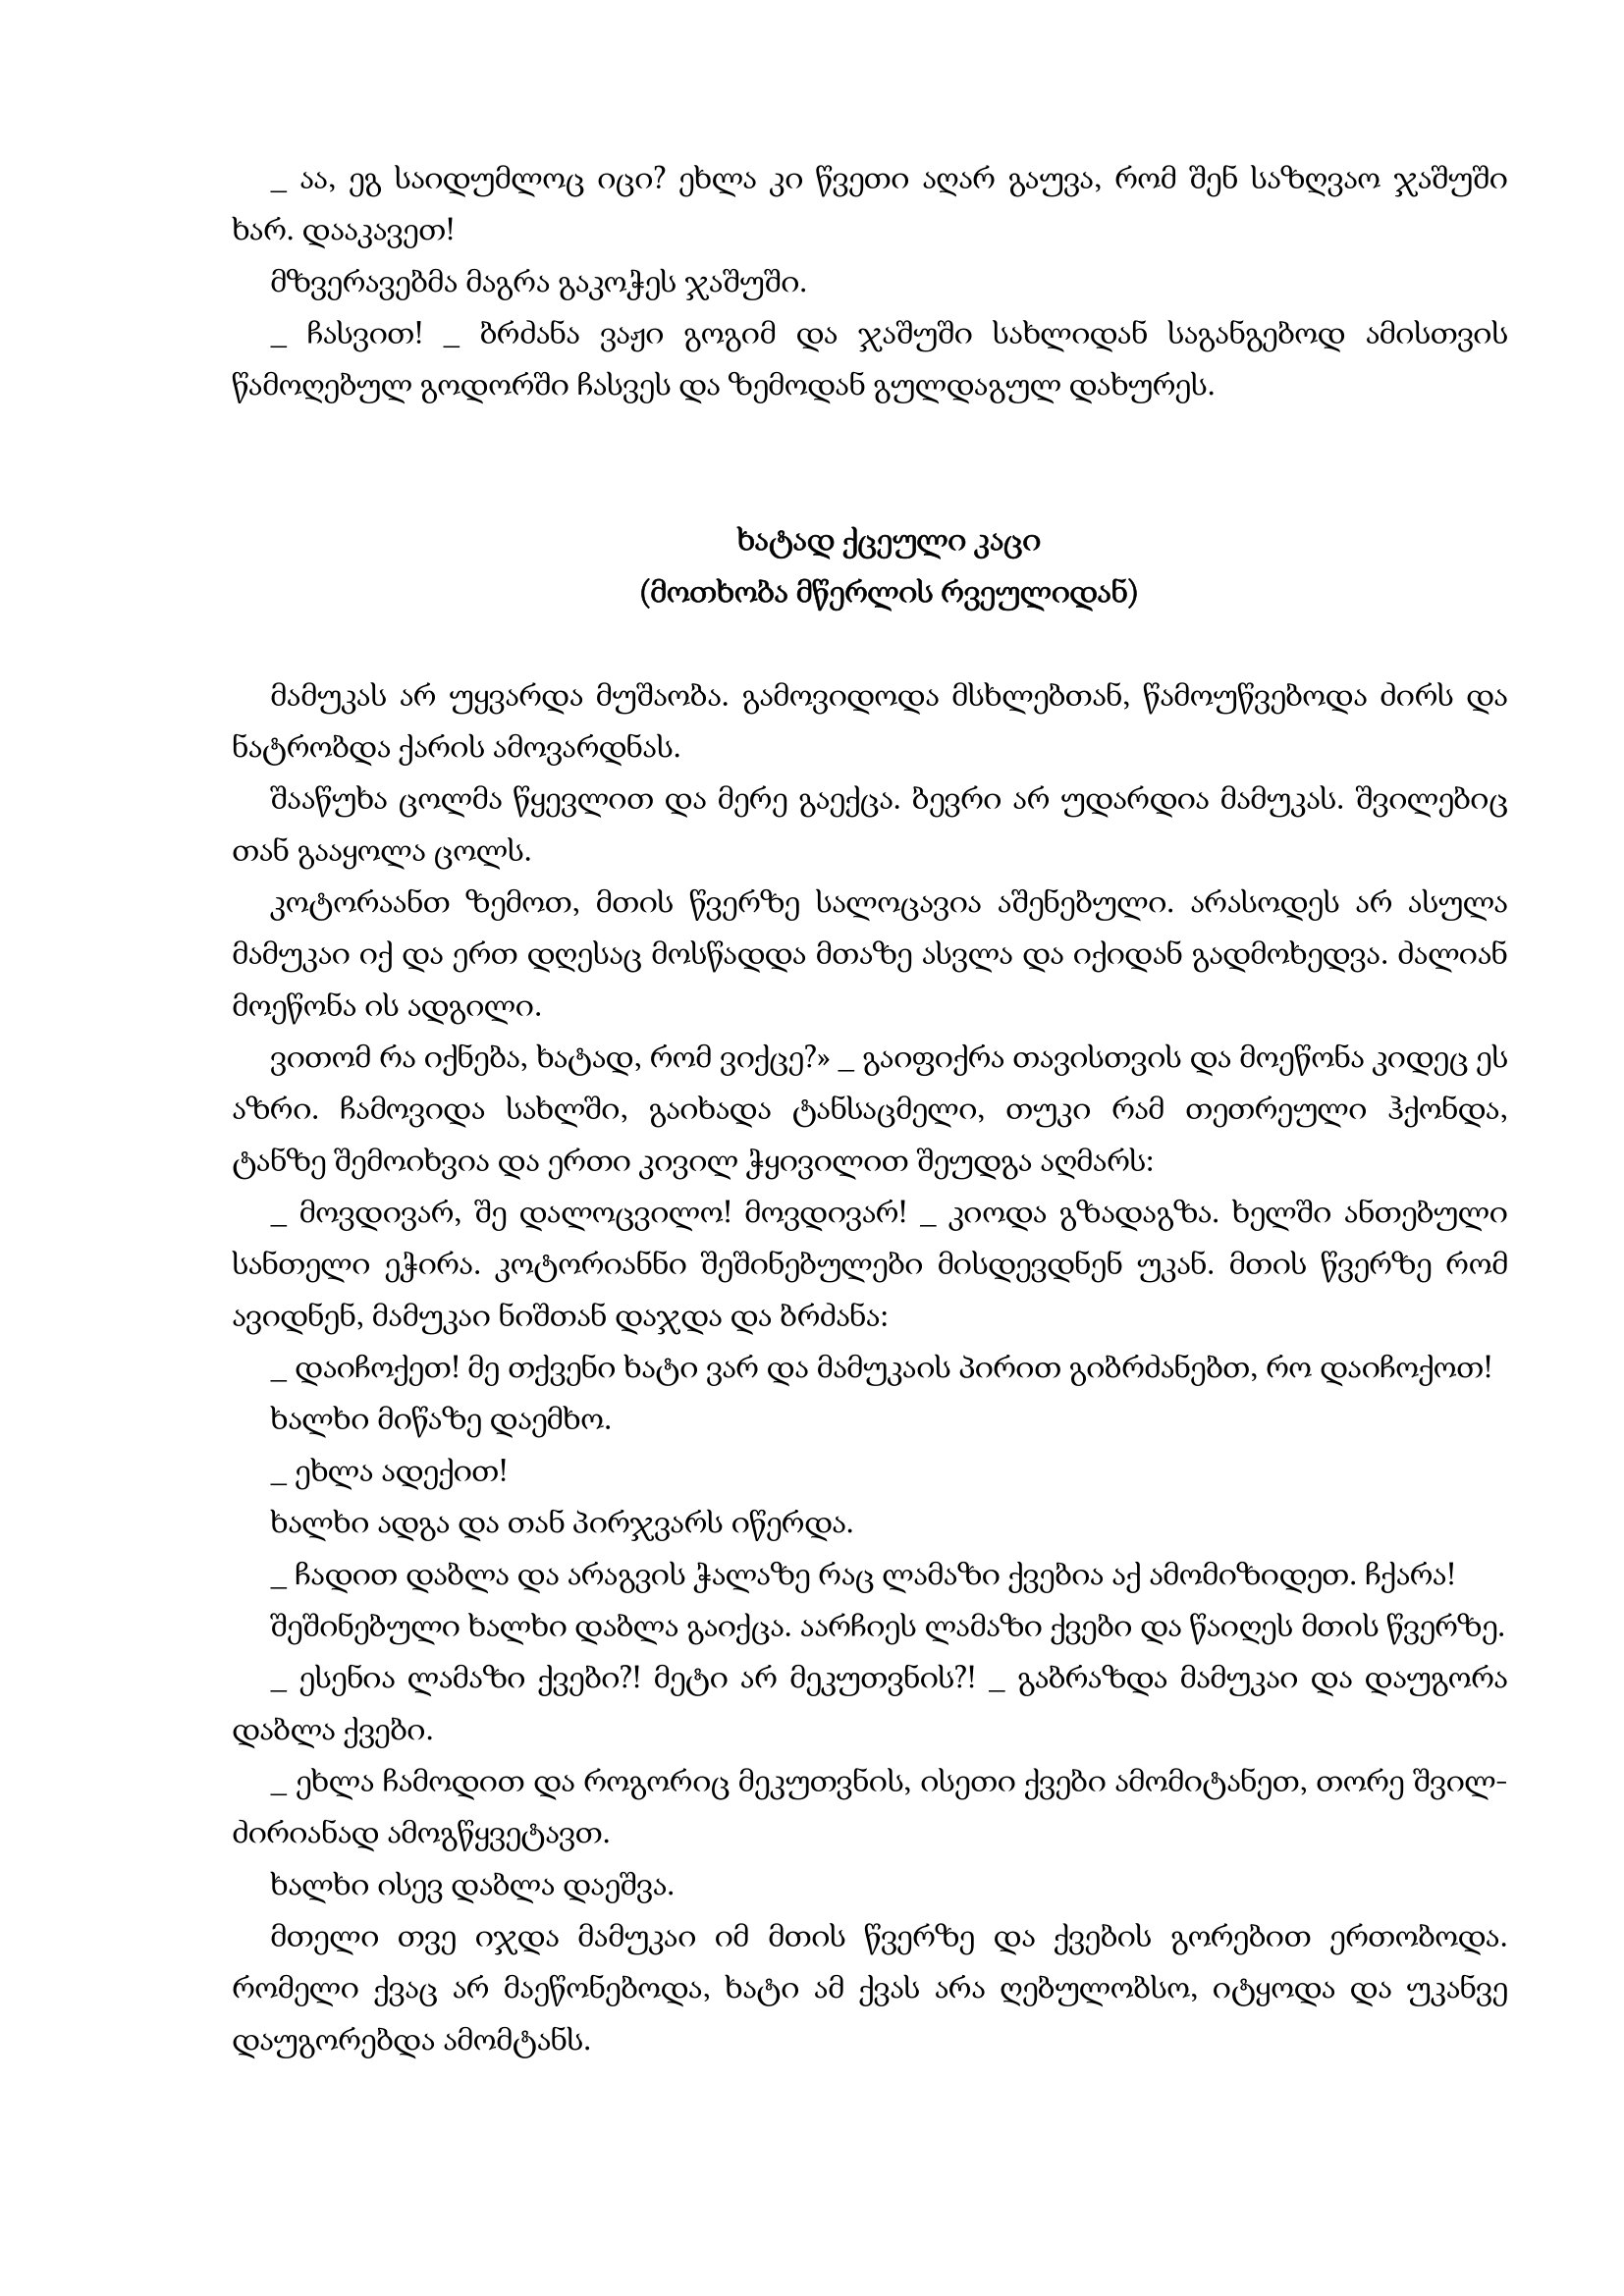
Language: gr